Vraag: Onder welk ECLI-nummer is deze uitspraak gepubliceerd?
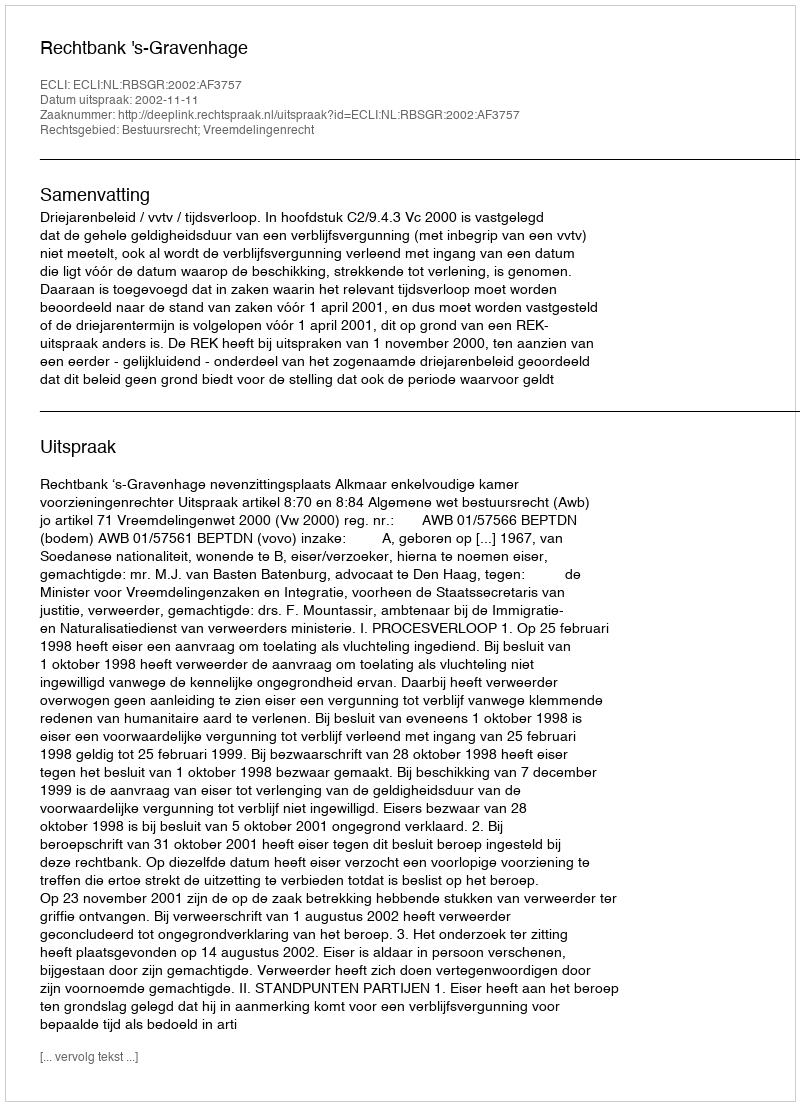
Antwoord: ECLI:NL:RBSGR:2002:AF3757